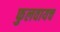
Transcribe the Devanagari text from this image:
फुलवायच